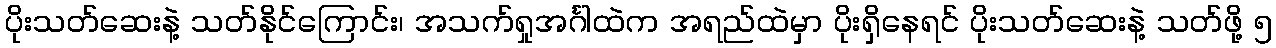
ပိုးသတ်ဆေးနဲ့ သတ်နိုင်ကြောင်း၊ အသက်ရှုအင်္ဂါထဲက အရည်ထဲမှာ ပိုးရှိနေရင် ပိုးသတ်ဆေးနဲ့ သတ်ဖို့ ၅